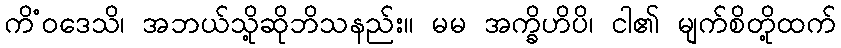
ကိံဝဒေသိ၊ အဘယ်သို့ဆိုဘိသနည်း။ မမ အက္ခိဟိပိ၊ ငါ၏ မျက်စိတို့ထက်